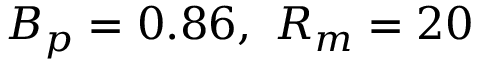
\ensuremath { B _ { p } } = 0 . 8 6 , ~ \ensuremath { R _ { m } } = 2 0